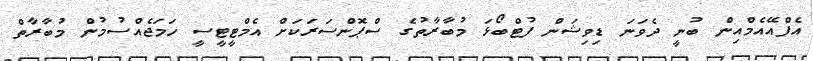
އެފްއޭއެމްއިން ބުނީ ދެވަނަ ޑިވިޝަން ފުޓްބޯޅަ މުބާރާތުގެ ސްޕޮންސަރަކަށް އެމްޓީޓީސީ ހަމަޖެއްސުމުން މުބާރާތް